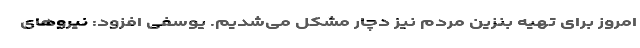
امروز برای تهیه بنزین مردم نیز دچار مشکل می‌شدیم. یوسفی افزود: نیروهای